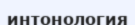
интонология